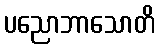
ပညောဘာသောတိ